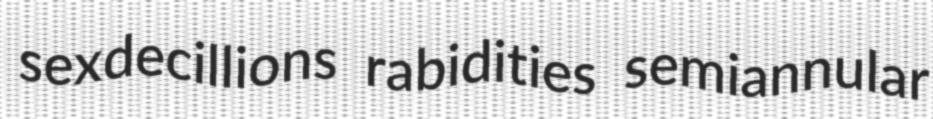
sexdecillions rabidities semiannular